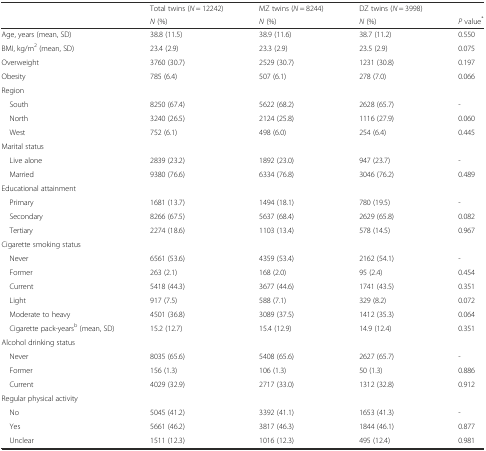
<table><thead><tr><td></td><td><b>Total twins (<i>N</i> = 12242)</b></td><td><b>MZ twins (<i>N</i> = 8244)</b></td><td><b>DZ twins (<i>N</i> = 3998)</b></td><td></td></tr><tr><td></td><td><b><i>N</i> (%)</b></td><td><b><i>N</i> (%)</b></td><td><b><i>N</i> (%)</b></td><td><b><i>P</i> value<sup>*</sup></b></td></tr></thead><tbody><tr><td>Age, years (mean, SD)</td><td>38.8 (11.5)</td><td>38.9 (11.6)</td><td>38.7 (11.2)</td><td>0.550</td></tr><tr><td>BMI, kg/m<sup>2 </sup>(mean, SD)</td><td>23.4 (2.9)</td><td>23.3 (2.9)</td><td>23.5 (2.9)</td><td>0.075</td></tr><tr><td>Overweight</td><td>3760 (30.7)</td><td>2529 (30.7)</td><td>1231 (30.8)</td><td>0.197</td></tr><tr><td>Obesity</td><td>785 (6.4)</td><td>507 (6.1)</td><td>278 (7.0)</td><td>0.066</td></tr><tr><td colspan="5">Region</td></tr><tr><td> South</td><td>8250 (67.4)</td><td>5622 (68.2)</td><td>2628 (65.7)</td><td>-</td></tr><tr><td> North</td><td>3240 (26.5)</td><td>2124 (25.8)</td><td>1116 (27.9)</td><td>0.060</td></tr><tr><td> West</td><td>752 (6.1)</td><td>498 (6.0)</td><td>254 (6.4)</td><td>0.445</td></tr><tr><td colspan="5">Marital status</td></tr><tr><td> Live alone</td><td>2839 (23.2)</td><td>1892 (23.0)</td><td>947 (23.7)</td><td>-</td></tr><tr><td> Married</td><td>9380 (76.6)</td><td>6334 (76.8)</td><td>3046 (76.2)</td><td>0.489</td></tr><tr><td colspan="5">Educational attainment</td></tr><tr><td> Primary</td><td>1681 (13.7)</td><td>1494 (18.1)</td><td>780 (19.5)</td><td>-</td></tr><tr><td> Secondary</td><td>8266 (67.5)</td><td>5637 (68.4)</td><td>2629 (65.8)</td><td>0.082</td></tr><tr><td> Tertiary</td><td>2274 (18.6)</td><td>1103 (13.4)</td><td>578 (14.5)</td><td>0.967</td></tr><tr><td colspan="5">Cigarette smoking status</td></tr><tr><td> Never</td><td>6561 (53.6)</td><td>4359 (53.4)</td><td>2162 (54.1)</td><td>-</td></tr><tr><td> Former</td><td>263 (2.1)</td><td>168 (2.0)</td><td>95 (2.4)</td><td>0.454</td></tr><tr><td> Current</td><td>5418 (44.3)</td><td>3677 (44.6)</td><td>1741 (43.5)</td><td>0.351</td></tr><tr><td> Light</td><td>917 (7.5)</td><td>588 (7.1)</td><td>329 (8.2)</td><td>0.072</td></tr><tr><td> Moderate to heavy</td><td>4501 (36.8)</td><td>3089 (37.5)</td><td>1412 (35.3)</td><td>0.064</td></tr><tr><td> Cigarette pack-years<sup>b</sup> (mean, SD)</td><td>15.2 (12.7)</td><td>15.4 (12.9)</td><td>14.9 (12.4)</td><td>0.351</td></tr><tr><td colspan="5">Alcohol drinking status</td></tr><tr><td> Never</td><td>8035 (65.6)</td><td>5408 (65.6)</td><td>2627 (65.7)</td><td>-</td></tr><tr><td> Former</td><td>156 (1.3)</td><td>106 (1.3)</td><td>50 (1.3)</td><td>0.886</td></tr><tr><td> Current</td><td>4029 (32.9)</td><td>2717 (33.0)</td><td>1312 (32.8)</td><td>0.912</td></tr><tr><td colspan="5">Regular physical activity</td></tr><tr><td> No</td><td>5045 (41.2)</td><td>3392 (41.1)</td><td>1653 (41.3)</td><td>-</td></tr><tr><td> Yes</td><td>5661 (46.2)</td><td>3817 (46.3)</td><td>1844 (46.1)</td><td>0.877</td></tr><tr><td> Unclear</td><td>1511 (12.3)</td><td>1016 (12.3)</td><td>495 (12.4)</td><td>0.981</td></tr></tbody></table>